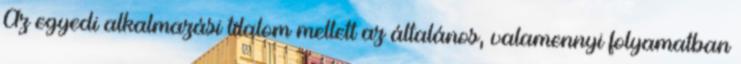
Az egyedi alkalmazási tilalom mellett az általános, valamennyi folyamatban